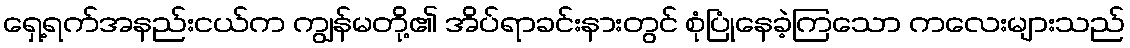
ရှေ့ရက်အနည်းငယ်က ကျွန်မတို့၏ အိပ်ရာခင်းနားတွင် စုံပြုံနေခဲ့ကြသော ကလေးများသည်